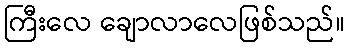
ကြီးလေ ချောလာလေဖြစ်သည်။